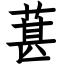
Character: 葚